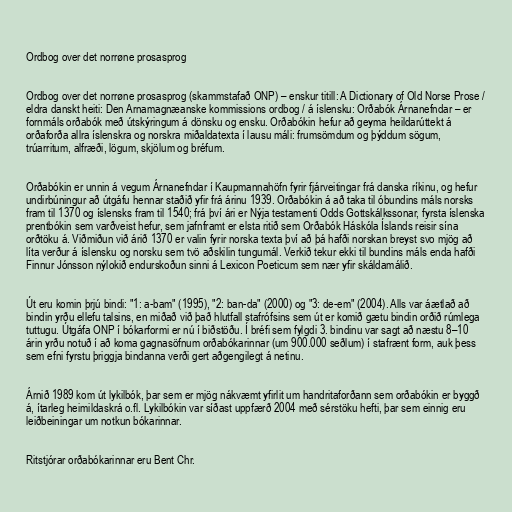
Ordbog over det norrøne prosasprog

Ordbog over det norrøne prosasprog (skammstafað ONP) – enskur titill: A Dictionary of Old Norse Prose /
eldra danskt heiti: Den Arnamagnæanske kommissions ordbog / á íslensku: Orðabók Árnanefndar – er
fornmáls orðabók með útskýringum á dönsku og ensku. Orðabókin hefur að geyma heildarúttekt á
orðaforða allra íslenskra og norskra miðaldatexta í lausu máli: frumsömdum og þýddum sögum,
trúarritum, alfræði, lögum, skjölum og bréfum.

Orðabókin er unnin á vegum Árnanefndar í Kaupmannahöfn fyrir fjárveitingar frá danska ríkinu, og hefur
undirbúningur að útgáfu hennar staðið yfir frá árinu 1939. Orðabókin á að taka til óbundins máls norsks
fram til 1370 og íslensks fram til 1540; frá því ári er Nýja testamenti Odds Gottskálkssonar, fyrsta íslenska
prentbókin sem varðveist hefur, sem jafnframt er elsta ritið sem Orðabók Háskóla Íslands reisir sína
orðtöku á. Viðmiðun við árið 1370 er valin fyrir norska texta því að þá hafði norskan breyst svo mjög að
líta verður á íslensku og norsku sem tvö aðskilin tungumál. Verkið tekur ekki til bundins máls enda hafði
Finnur Jónsson nýlokið endurskoðun sinni á Lexicon Poeticum sem nær yfir skáldamálið.

Út eru komin þrjú bindi: "1: a-bam" (1995), "2: ban-da" (2000) og "3: de-em" (2004). Alls var áætlað að
bindin yrðu ellefu talsins, en miðað við það hlutfall stafrófsins sem út er komið gætu bindin orðið rúmlega
tuttugu. Útgáfa ONP í bókarformi er nú í biðstöðu. Í bréfi sem fylgdi 3. bindinu var sagt að næstu 8–10
árin yrðu notuð í að koma gagnasöfnum orðabókarinnar (um 900.000 seðlum) í stafrænt form, auk þess
sem efni fyrstu þriggja bindanna verði gert aðgengilegt á netinu.

Árnið 1989 kom út lykilbók, þar sem er mjög nákvæmt yfirlit um handritaforðann sem orðabókin er byggð
á, ítarleg heimildaskrá o.fl. Lykilbókin var síðast uppfærð 2004 með sérstöku hefti, þar sem einnig eru
leiðbeiningar um notkun bókarinnar.

Ritstjórar orðabókarinnar eru Bent Chr.